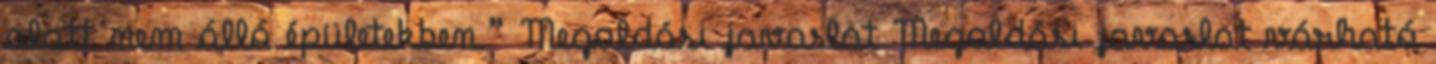
alatt nem álló épületekben.” Megoldási javaslat Megoldási javaslat várható